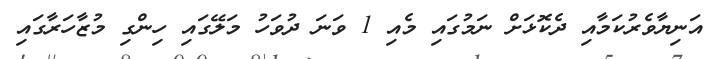
އަނިޔާވެރުކަމާއި ދެކޮޅަށް ނަމުގައި މެއި 1 ވަނަ ދުވަހު މަލޭގައި ހިންގި މުޒާހަރާގައި